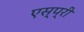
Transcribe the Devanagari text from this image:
एस्प्री